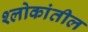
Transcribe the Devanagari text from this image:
श्लोकांतील